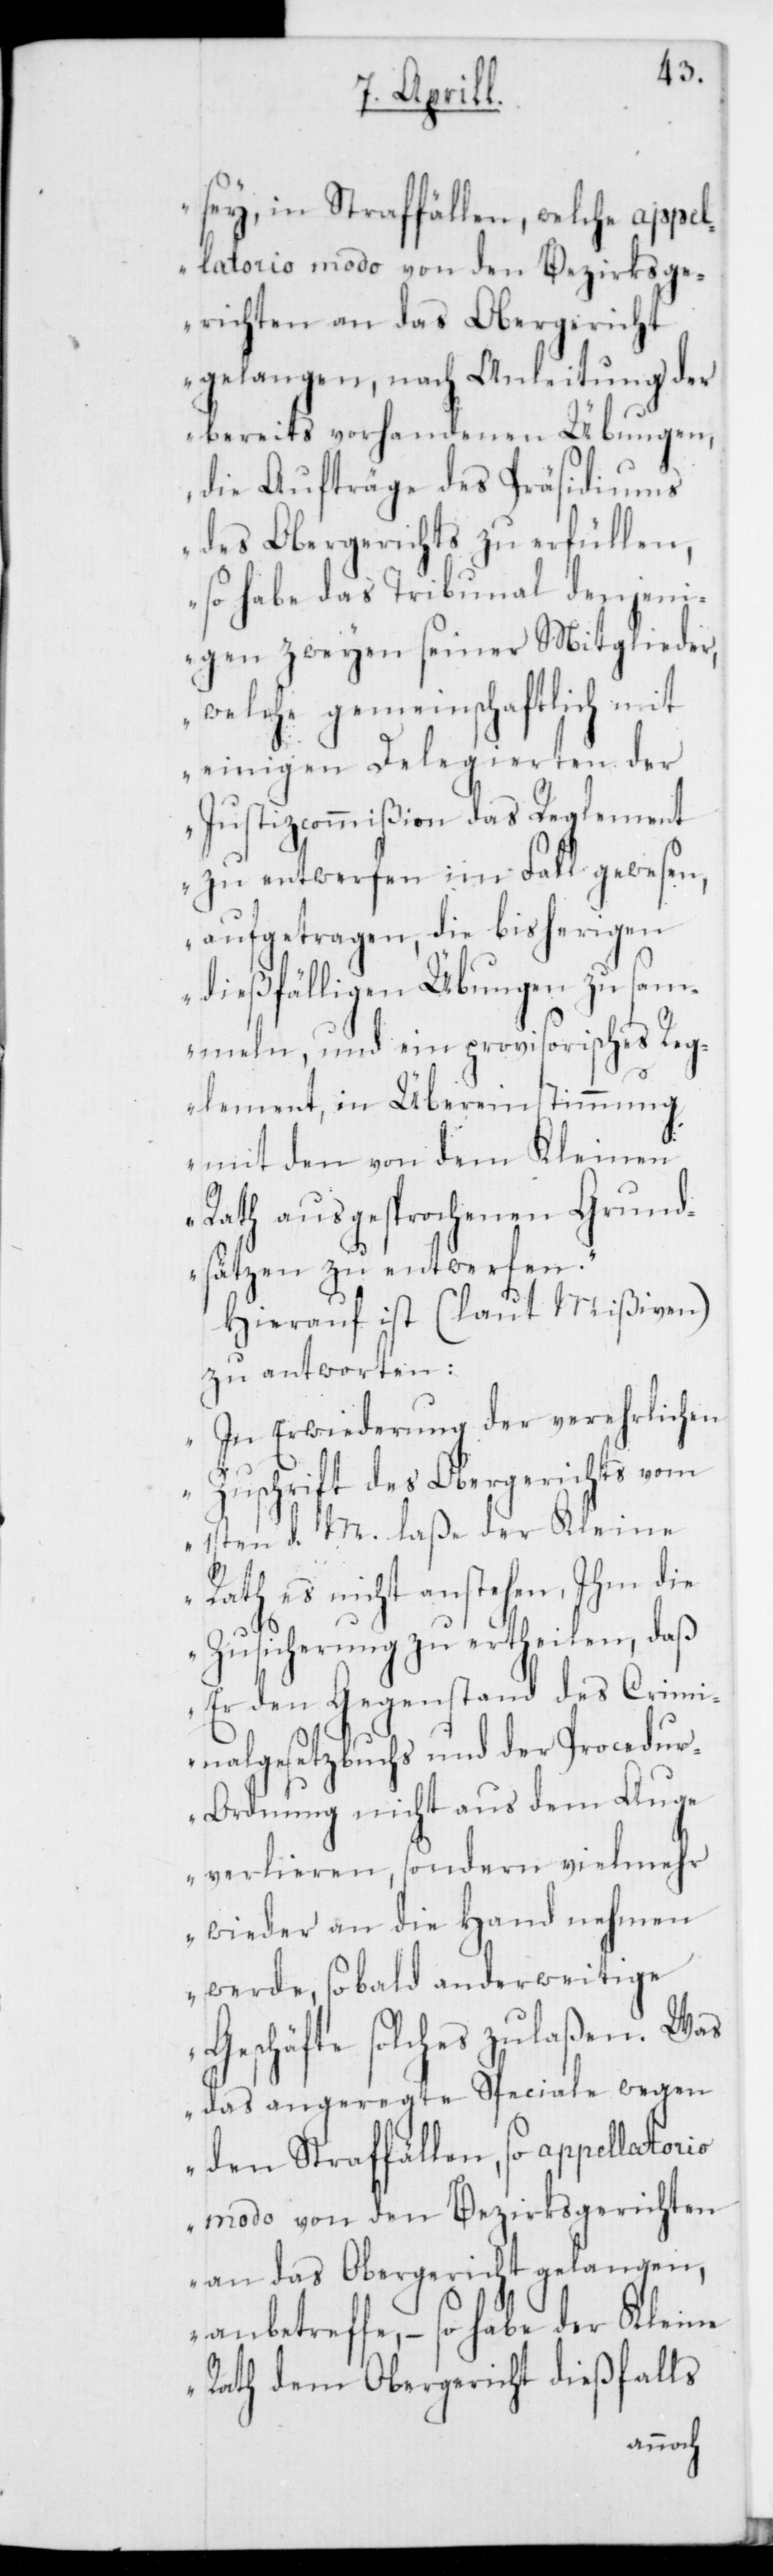
sei, in Straffällen, welche appel¬
latorio modo von den Bezirksge¬
richten an das Obergericht
gelangen, nach Anleitung der
bereits vorhandenen Übungen,
die Aufträge des Präsidiums
des Obergerichts zu erfüllen,
so habe das Tribunal denjeni¬
gen zweyen seiner Mitglieder,
welche gemeinschaftlich mit
einigen Delegierten der
Justizcommißion das Reglement
zu entwerfen im Fall gewesen,
aufgetragen, die bisherigen
diesfälligen Übungen zu sam¬
meln, und ein provisorisches Reg¬
lement, in Übereinstimmung
mit den von dem Kleinen
Rath ausgesprochenen Grund¬
sätzen zu entwerfen“.
Hierauf ist (laut Mißiven)
zu antworten:
„In Erwiderung der verehrlichen
Zuschrift des Obergerichts vom
1sten d. M. laße der Kleine
Rath es nicht anstehen, Ihm die
Zusicherung zu ertheilen, daß
er den Gegenstand des Crimi¬
nalgesetzbuchs und der Procedu¬
r-Ordnung nicht aus dem Auge
verlieren, sondern vielmehr
wieder an die Hand nehmen
werde, sobald anderweitige
Geschäfte solches zulaßen. Was
das angeregte Speciale wegen
den Straffällen, so appellatorio
modo von den Bezirksgerichten
an das Obergericht gelangen,
anbetreffe, – so habe der Kleine
Rath dem Obergericht dießfalls